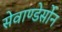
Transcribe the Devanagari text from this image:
सेवाण्डेर्सोन